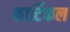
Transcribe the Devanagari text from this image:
कार्टिकल